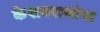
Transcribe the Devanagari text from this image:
केशवरावांना